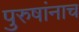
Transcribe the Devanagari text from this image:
पुरुषांनाच